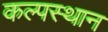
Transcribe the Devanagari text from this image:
कल्पस्थान